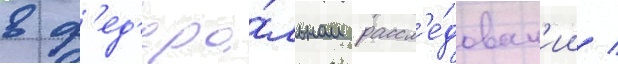
в ф'ед'ера́льном рассл'е́дован'ии /